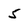
Character: 5